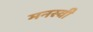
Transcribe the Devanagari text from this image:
मनस्‍वी